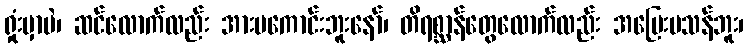
ရှုံးမှာပဲ၊ ဆင်လောက်လည်း အားမကောင်းဘူးနော်၊ တိရစ္ဆာန်တွေလောက်လည်း အပြေးမသန်ဘူး၊